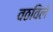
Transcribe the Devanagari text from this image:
वठविले